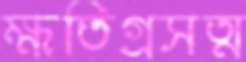
ক্ষতিগ্রসত্ম